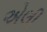
એલી